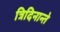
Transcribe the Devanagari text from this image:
त्रिदिनान्ते